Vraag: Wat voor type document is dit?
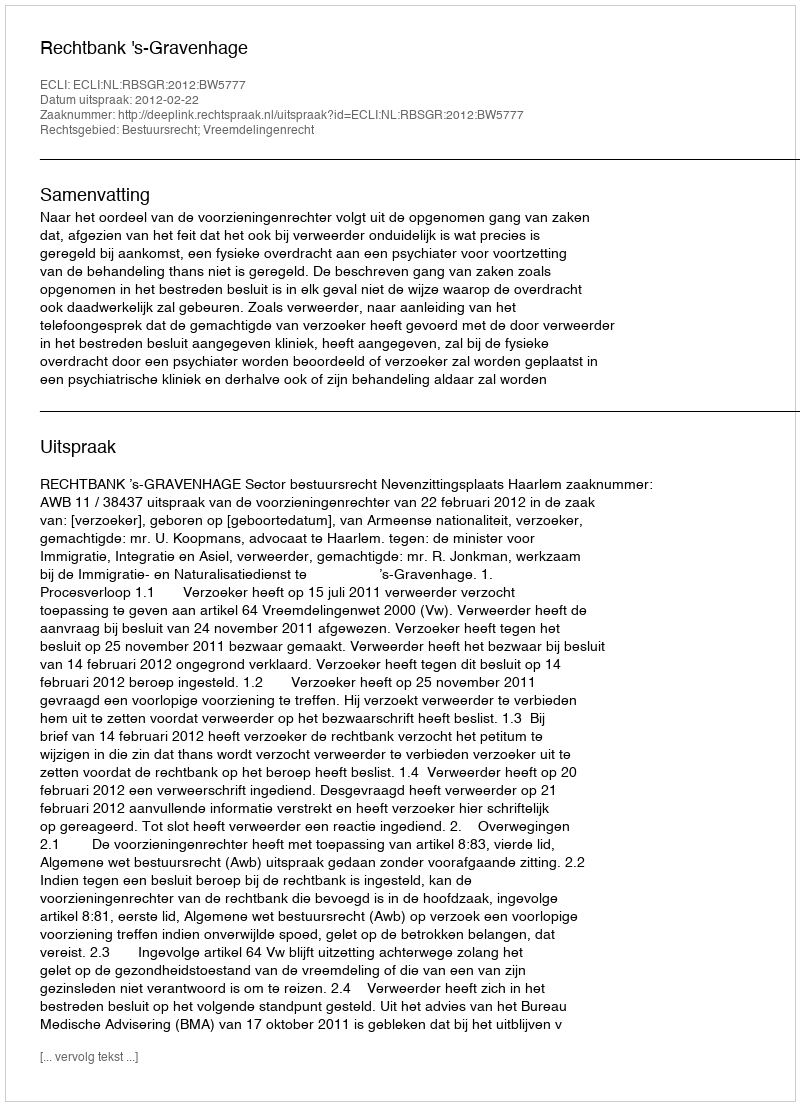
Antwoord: Uitspraak